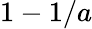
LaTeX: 1-1/a